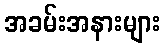
အခမ်းအနားများ